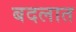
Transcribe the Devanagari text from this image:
बदलात